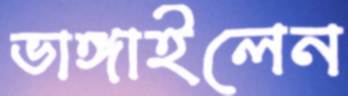
ভাঙ্গাইলেন